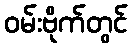
ဝမ်းဗိုက်တွင်